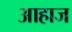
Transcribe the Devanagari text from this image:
आहाज